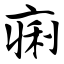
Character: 痢